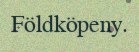
Földköpeny.